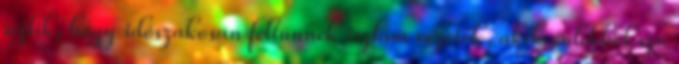
rejlik, hogy időszakosan feltűnnek iszlám vezetők, akik érdekből szó